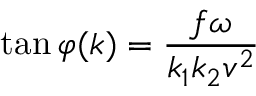
\tan \varphi ( k ) = \frac { f \omega } { k _ { 1 } k _ { 2 } v ^ { 2 } }